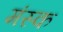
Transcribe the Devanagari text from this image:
मंस्क